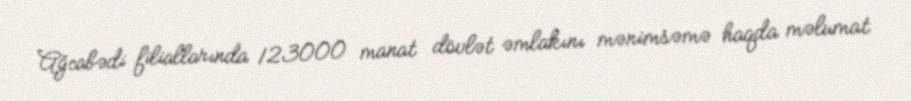
Ağcabədi filiallarında 123000 manat dövlət əmlakını mənimsəmə haqda məlumat